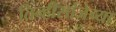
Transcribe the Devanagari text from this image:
तिन्हीसांजेच्या